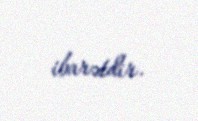
ibarətdir.